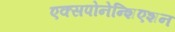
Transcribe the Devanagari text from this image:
एक्सपोनेन्शिएशन